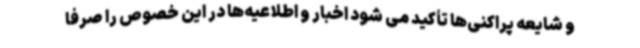
و شایعه پراکنی‌ها تأکید می شود اخبار و اطلاعیه‌ها در این خصوص را صرفا